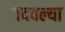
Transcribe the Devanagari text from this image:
वदवल्या